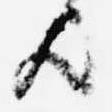
歟